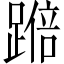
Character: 𫏚